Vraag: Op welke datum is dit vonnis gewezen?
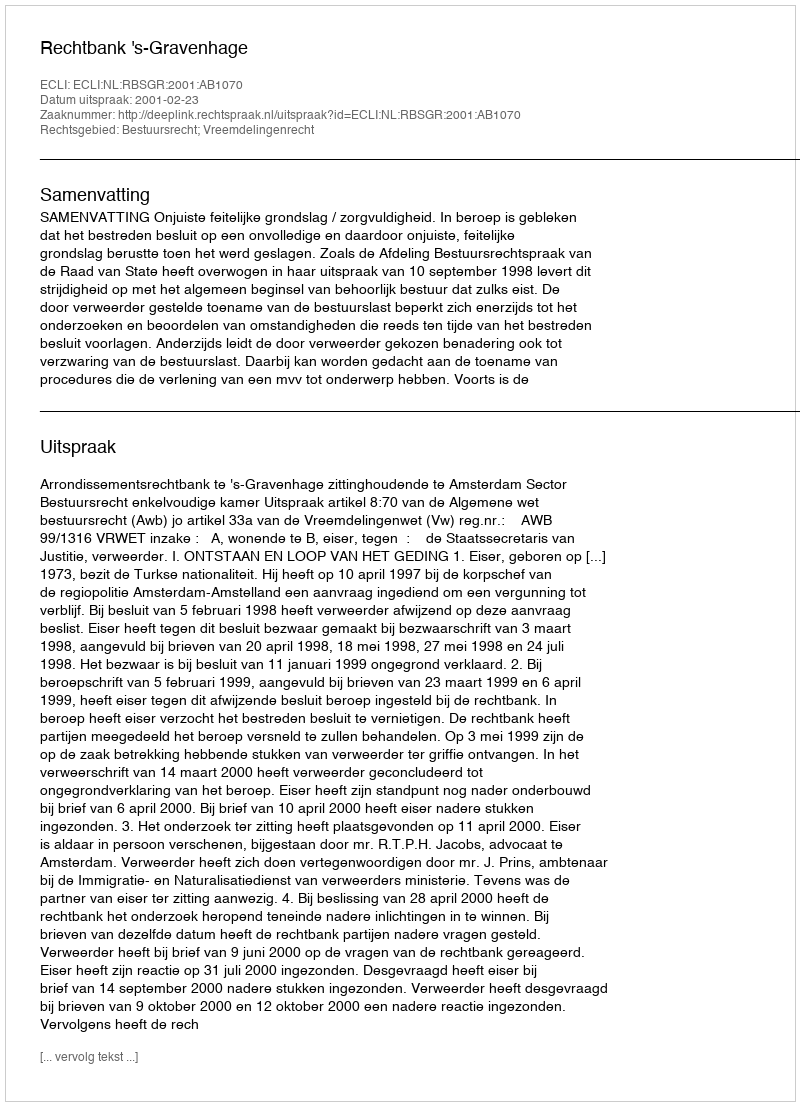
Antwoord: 2001-02-23